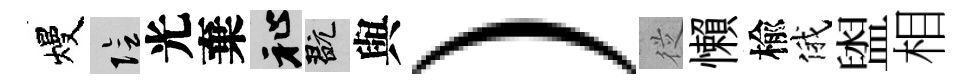
熳隂光棄祉玩與）従懶楡俄盥相